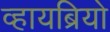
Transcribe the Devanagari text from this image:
व्हायब्रियो